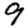
Digit: 9